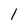
Character: 1